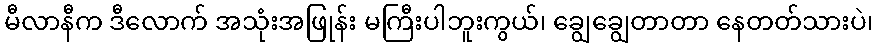
မီလာနီက ဒီလောက် အသုံးအဖြုန်း မကြီးပါဘူးကွယ်၊ ချွေချွေတာတာ နေတတ်သားပဲ၊